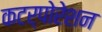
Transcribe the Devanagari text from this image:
कटर्पोरेशन